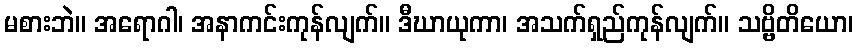
မစားဘဲ။ အရောဂါ၊ အနာကင်းကုန်လျက်။ ဒီဃာယုကာ၊ အသက်ရှည်ကုန်လျက်။ သဗ္ဗိတိယော၊